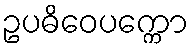
ဥပဓိဝေပက္ကော